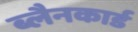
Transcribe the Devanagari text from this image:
ब्लैनकार्ड